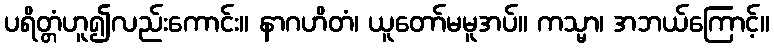
ပရိတ္တံဟူ၍လည်းကောင်း။ နာဂဟိတံ၊ ယူတော်မမူအပ်။ ကသ္မာ၊ အဘယ်ကြောင့်။